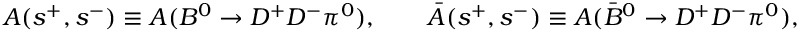
{ \cal A } ( s ^ { + } , s ^ { - } ) \equiv A ( B ^ { 0 } \to D ^ { + } D ^ { - } \pi ^ { 0 } ) , \qquad { \bar { \cal A } } ( s ^ { + } , s ^ { - } ) \equiv A ( \bar { B } ^ { 0 } \to D ^ { + } D ^ { - } \pi ^ { 0 } ) ,